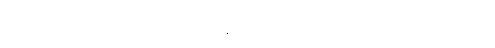
ဂွဒ်လည်းအဆင်သင့်ရောက်လာ၍ ကျွန်ုပ်တို့ အားလုံး မြို့ဆီသို့ ထွက်လာခဲ့ကြလေ၏။